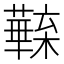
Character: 𣟦